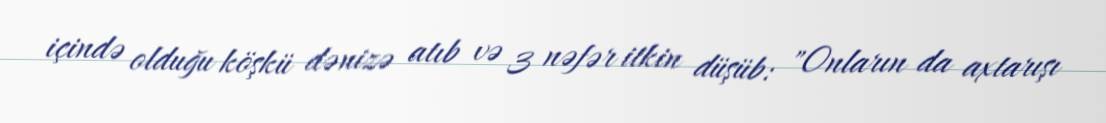
içində olduğu köşkü dənizə atıb və 3 nəfər itkin düşüb: "Onların da axtarışı